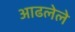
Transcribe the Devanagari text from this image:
आढलेले